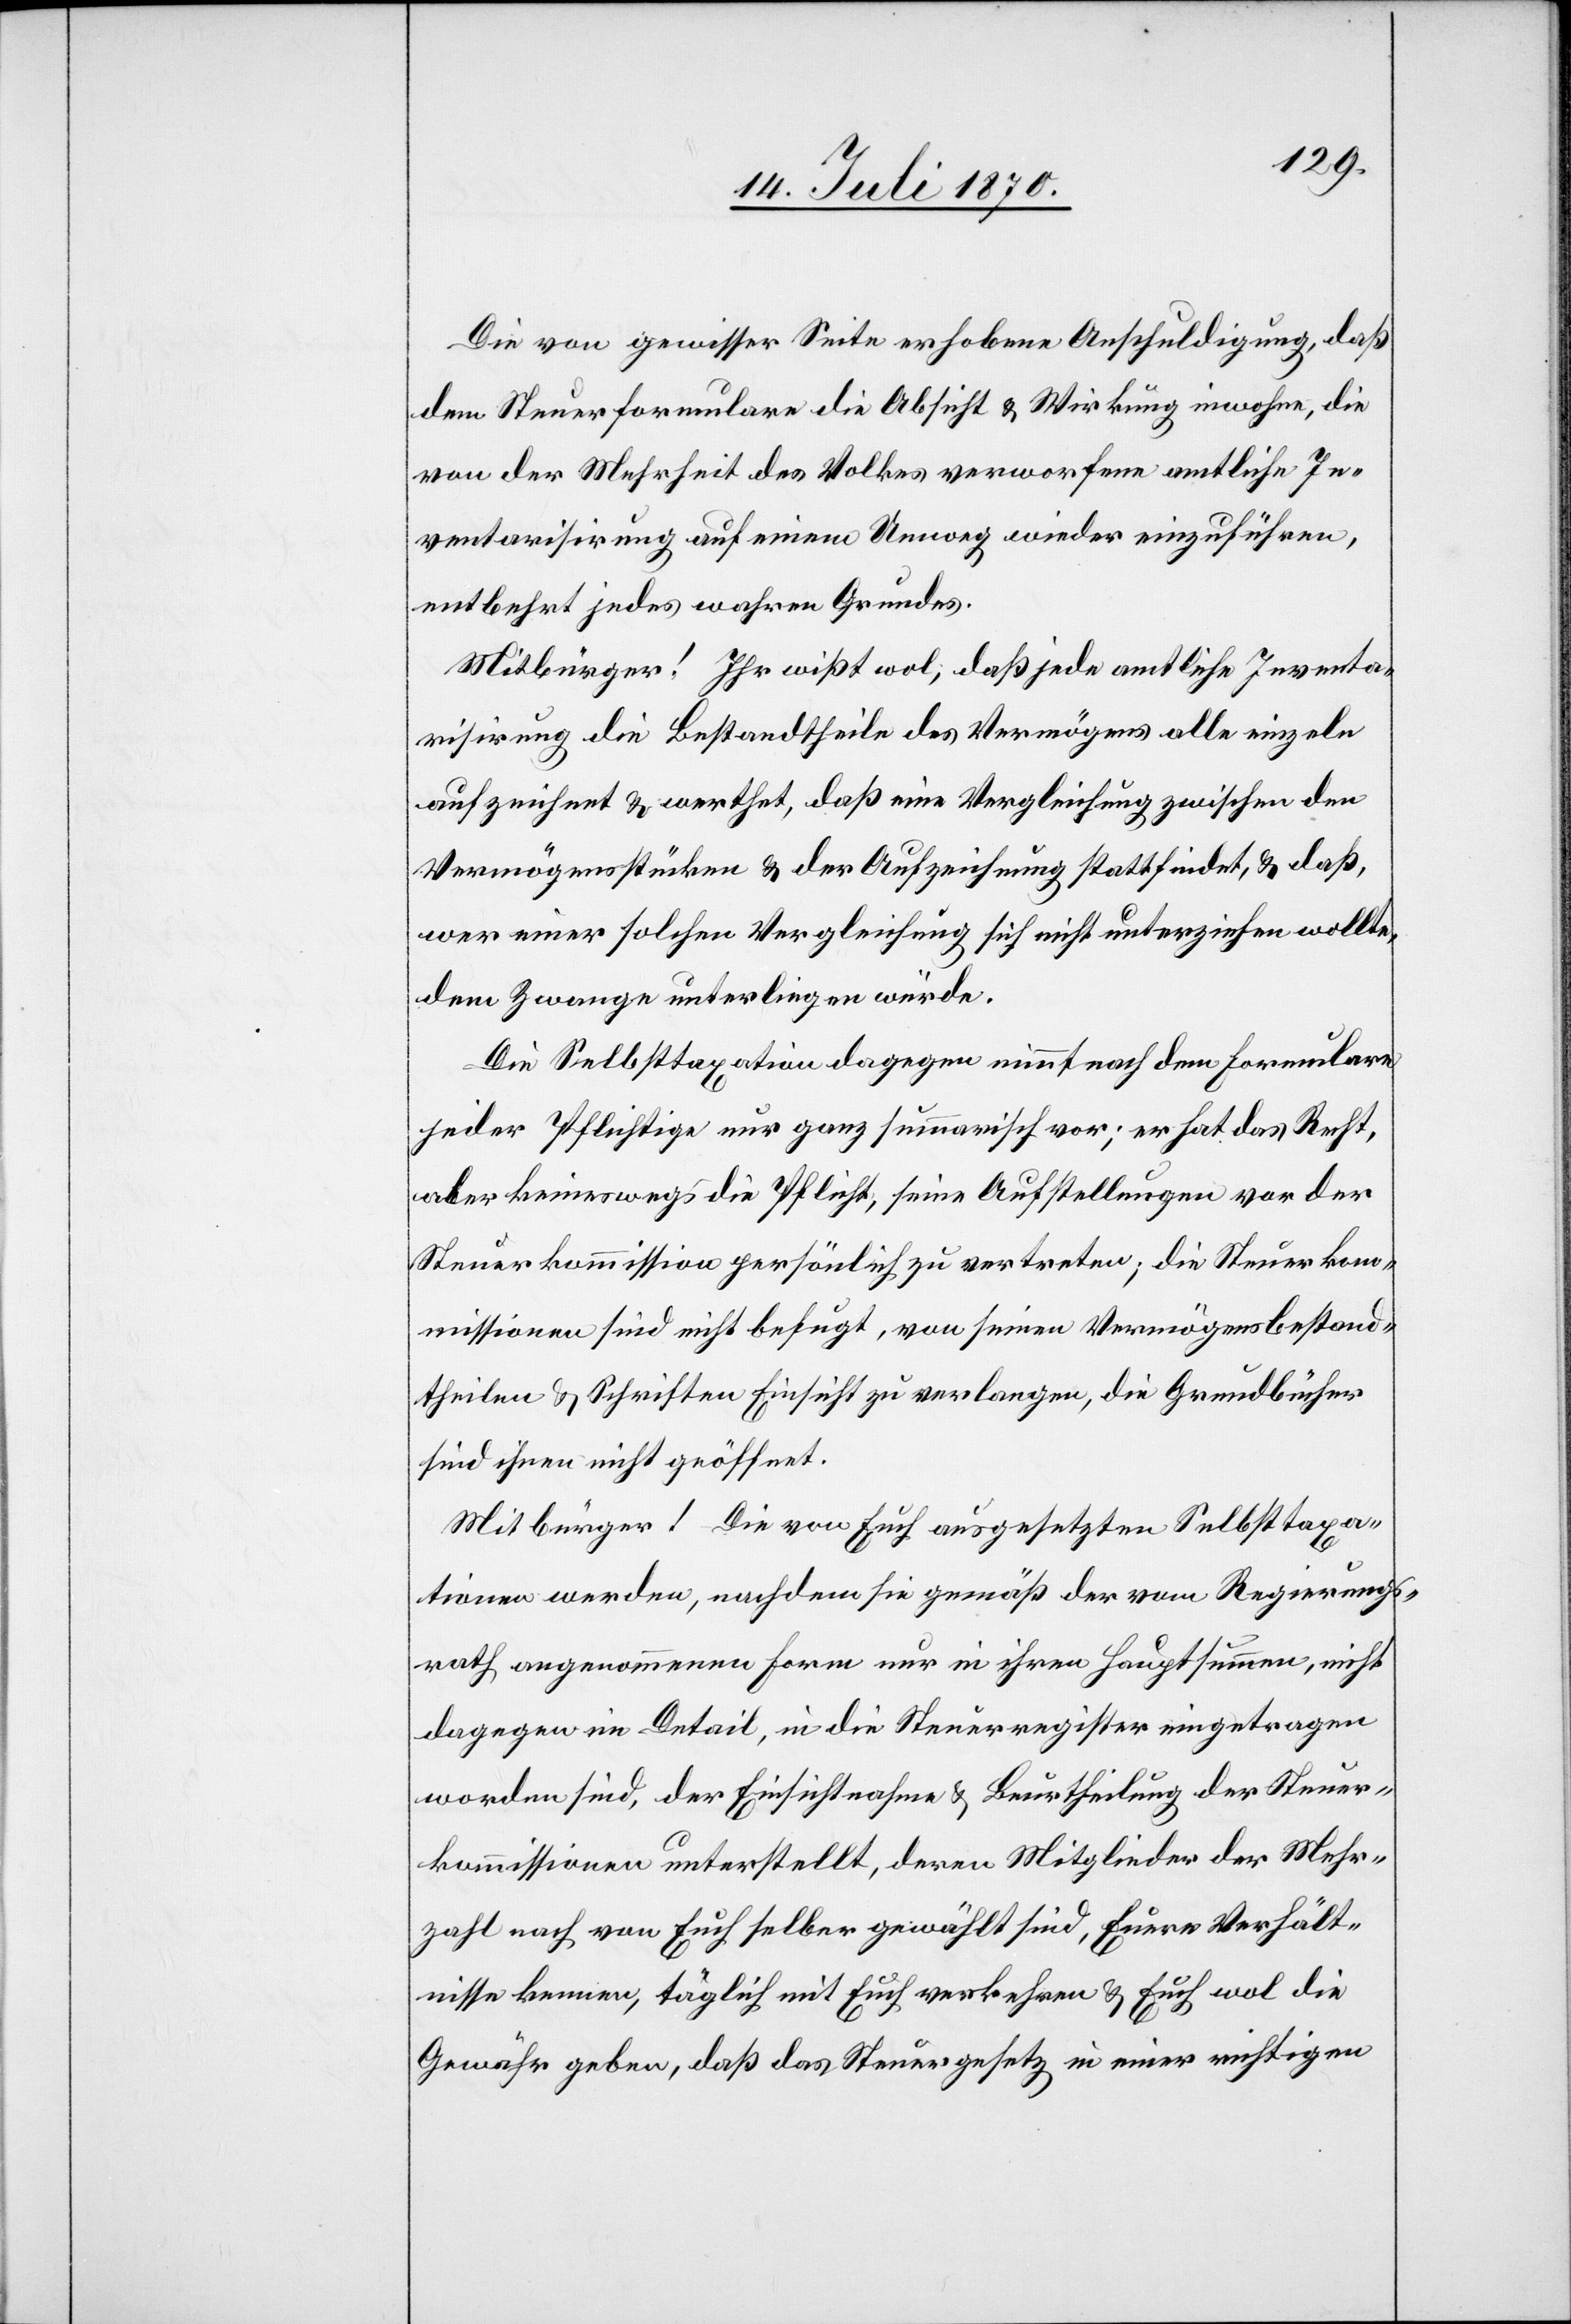
Die von gewisser Seite erhobene Anschuldigung, daß
dem Steuerformulare die Absicht & Wirkung inwohne, die
von der Mehrheit des Volkes verworfene amtliche In¬
ventarisirung auf einem Umweg wieder einzuführen,
entbehrt jedes wahren Grundes.
Mitbürger! Ihr wißt, daß jede amtliche Inventa¬
risirung die Bestandtheile des Vermögens alle einzeln
aufzeichnet & werthet, daß eine Vergleichung zwischen den
Vermögensstücken & der Aufzeichnung stattfindet, & daß,
wer einer solchen Vergleichung sich nicht unterziehen wollte,
dem Zwange unterliegen würde.
Die Selbsttaxation dagegen nimmt nach dem Formulare
jeder Pflichtige nur ganz summarisch vor; er hat das Recht,
aber keineswegs die Pflicht, seine Aufstellungen vor der
Steuerkommission persönlich zu vertreten; die Steuerkom¬
missionen sind nicht befugt, von seinen Vermögensbestand¬
theilen & Schritten Einsicht zu verlangen, die Grundbücher
sind ihnen nicht geöffnet.
Mitbürger! Die von Euch ausgesetzten Selbsttaxa¬
tionen werden, nachdem sie gemäß der vom Regierungs¬
rath angenommenen Form nur in ihren Hauptsummen, nicht
dagegen im Detail, in die Steuerregister eingetragen
worden sind, der Einsichtnahme & Beurtheilung der Steuer¬
kommissionen unterstellt, deren Mitglieder der Mehr¬
zahl nach von Euch selber gewählt sind, Euere Verhält¬
nisse kennen, täglich mit Euch verkehren & Euch wol die
Gewähr geben, daß das Steuergesetz in einer richtigen